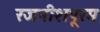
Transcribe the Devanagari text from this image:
रजनीशपूरम